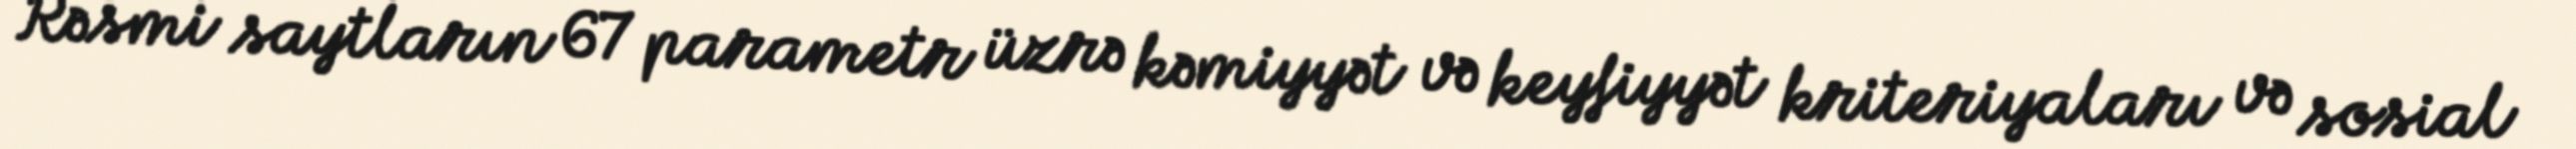
Rəsmi saytların 67 parametr üzrə kəmiyyət və keyfiyyət kriteriyaları və sosial